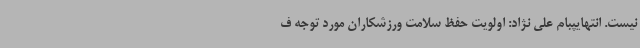
نیست. انتهایپبام علی نژاد: اولویت حفظ سلامت ورزشکاران مورد توجه ف